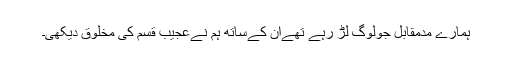
ہمارے مدمقابل جولوگ لڑ رہے تھےان کےساتھ ہم نےعجیب قسم کی مخلوق دیکھی۔